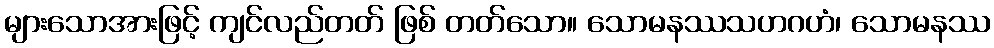
များသောအားဖြင့် ကျင်လည်တတ် ဖြစ် တတ်သော။ သောမနဿသဟဂဟံ၊ သောမနဿ